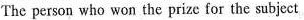
The person who won the prize for the subject